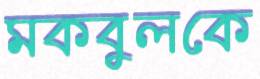
মকবুলকে